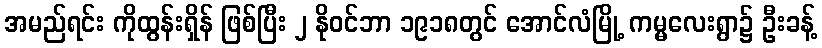
အမည်ရင်း ကိုထွန်းရှိန် ဖြစ်ပြီး ၂ နိုဝင်ဘာ ၁၉၁၈တွင် အောင်လံမြို့ ကမ္မလေးရွာ၌ ဦးခန့်